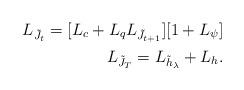
LaTeX: \begin{align*} L_{\tilde{J}_{ t}}=[L_c+L_q L_{\tilde{J}_{t+1}}] [1 + L_{\psi}] \\ L_{\tilde{J}_{T}}= L_{\tilde{h}_\lambda} + L_h. \end{align*}